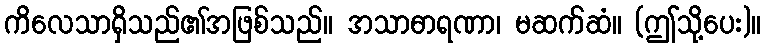
ကိလေသာရှိသည်၏အဖြစ်သည်။ အသာဓာရဏာ၊ မဆက်ဆံ။ (ဤသို့ပေး)။